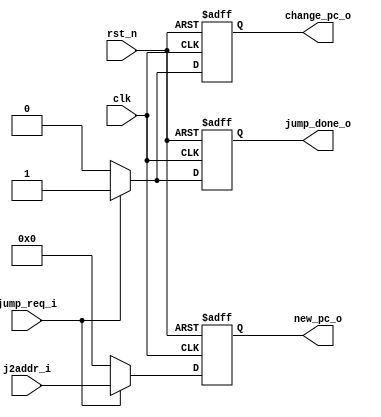
//////////////////////////////////////////////////////////////////////////////////
// Copyright (c) 2023, c.fan                                                      
//                                                                                
// Redistribution and use in source and binary forms, with or without             
// modification, are permitted provided that the following conditions are met:    
//                                                                                
// 1. Redistributions of source code must retain the above copyright notice, this 
//    list of conditions and the following disclaimer.                            
//                                                                                
// 2. Redistributions in binary form must reproduce the above copyright notice,   
//    this list of conditions and the following disclaimer in the documentation   
//    and/or other materials provided with the distribution.                      
//                                                                                
// 3. Neither the name of the copyright holder nor the names of its               
//    contributors may be used to endorse or promote products derived from        
//    this software without specific prior written permission.                    
//                                                                                
// THIS SOFTWARE IS PROVIDED BY THE COPYRIGHT HOLDERS AND CONTRIBUTORS "AS IS"    
// AND ANY EXPRESS OR IMPLIED WARRANTIES, INCLUDING, BUT NOT LIMITED TO, THE      
// IMPLIED WARRANTIES OF MERCHANTABILITY AND FITNESS FOR A PARTICULAR PURPOSE ARE 
// DISCLAIMED. IN NO EVENT SHALL THE COPYRIGHT HOLDER OR CONTRIBUTORS BE LIABLE   
// FOR ANY DIRECT, INDIRECT, INCIDENTAL, SPECIAL, EXEMPLARY, OR CONSEQUENTIAL     
// DAMAGES (INCLUDING, BUT NOT LIMITED TO, PROCUREMENT OF SUBSTITUTE GOODS OR     
// SERVICES; LOSS OF USE, DATA, OR PROFITS; OR BUSINESS INTERRUPTION) HOWEVER     
// CAUSED AND ON ANY THEORY OF LIABILITY, WHETHER IN CONTRACT, STRICT LIABILITY,  
// OR TORT (INCLUDING NEGLIGENCE OR OTHERWISE) ARISING IN ANY WAY OUT OF THE USE  
// OF THIS SOFTWARE, EVEN IF ADVISED OF THE POSSIBILITY OF SUCH DAMAGE.           
//////////////////////////////////////////////////////////////////////////////////

/**
 * jump execution module
 */

module jmp_exe (
   input                clk         ,
   input                rst_n       ,
   // from dec, jump request pulse
   input                jump_req_i  ,   
   // from alu
   input       [31:0]   j2addr_i    ,
   // output to pc
   output reg  [31:0]   new_pc_o    ,
   output reg           change_pc_o ,
   // signal that jump execute
   output reg           jump_done_o 
   );
   
   always @(posedge clk or negedge rst_n) begin
      if (!rst_n) begin
         new_pc_o <= 32'b0;
         change_pc_o <= 1'b0;
         jump_done_o <= 1'b0;
      end
      else if (jump_req_i) begin
         new_pc_o <= j2addr_i;
         change_pc_o <= 1'b1;
         jump_done_o <= 1'b1;
      end
      else begin
         new_pc_o <= 32'b0;
         change_pc_o <= 1'b0;
         jump_done_o <= 1'b0;
      end      
   end

endmodule